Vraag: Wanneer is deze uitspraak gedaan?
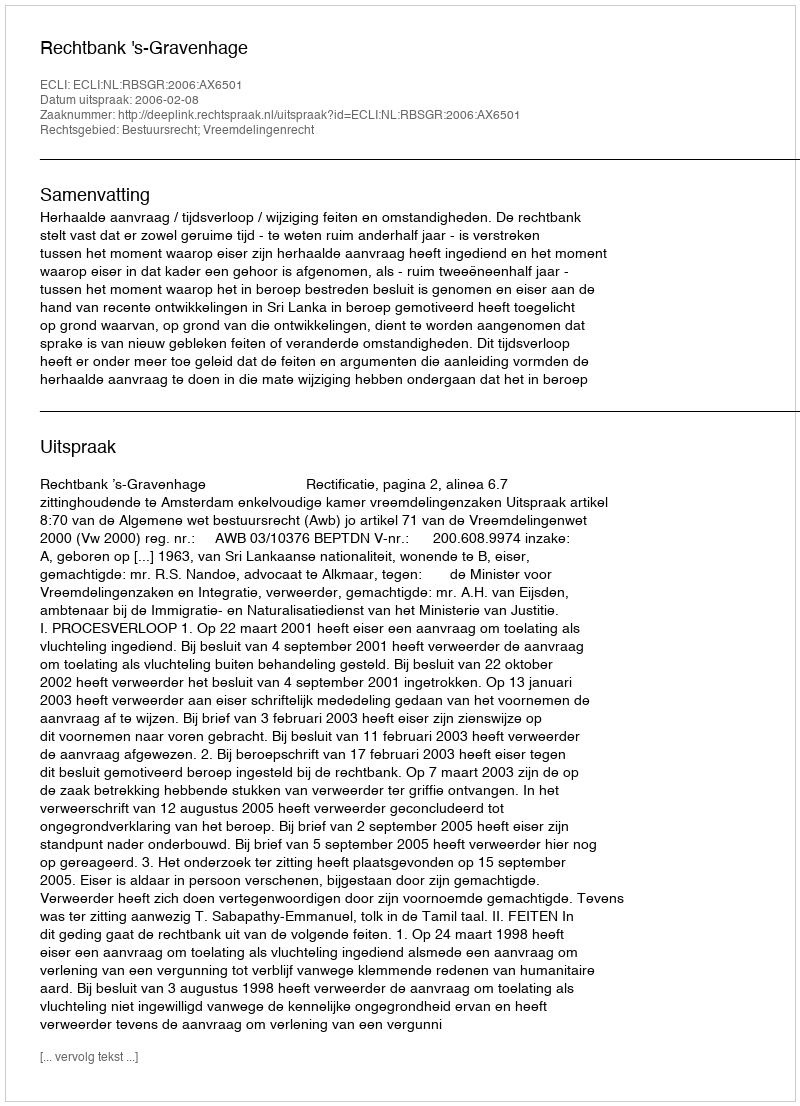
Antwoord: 2006-02-08